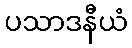
ပသာဒနီယံ